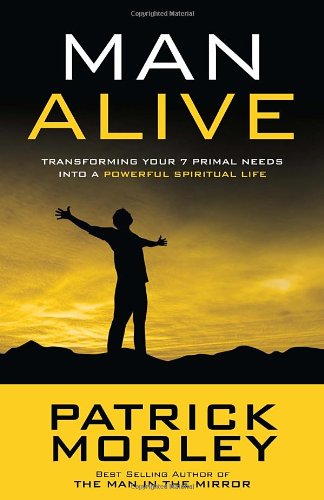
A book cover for Man Alive: Transforming Your Seven Primal Needs into a Powerful Spiritual Life; Patrick Morley; Christian Books & Bibles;